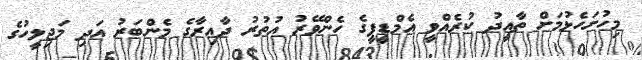
މިހުށަހެޅުމަށް ތާއީދު ކުރެއްވީ އެމްޑީޕީގެ ހެންވޭރު އުތުރު ދާއިރާގެ މެންބަރު އަދި މަޖިލީހުގެ